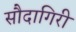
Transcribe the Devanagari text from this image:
सौदागिरी